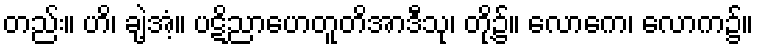
တည်း။ ဟိ၊ ချဲ့အံ့။ ပဋိညာဟေတူတိအာဒီသု၊ တို့၌။ လောကေ၊ လောက၌။